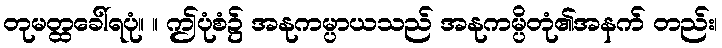
တုမတ္ထခေါ်ရပုံ။ ။ ဤပုံစံ၌ အနုကမ္ပာယသည် အနုကမ္ပိတုံ၏အနက် တည်း၊